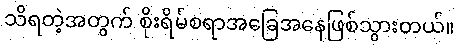
သိရတဲ့အတွက် စိုးရိမ်စရာအခြေအနေဖြစ်သွားတယ်။